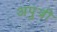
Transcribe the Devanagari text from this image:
अपुत्री